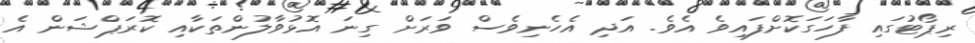
ރިޕޯޓުގައި ފާހަގަކޮށްފައިވެ އެވެ. އަދި އެހެނިވެސް ވަރަށް ގިނަ އޮޅުވާލުންތަކާއި ކޮރަޕްޝަން އެ